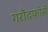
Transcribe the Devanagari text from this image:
गरौंदफोर्से